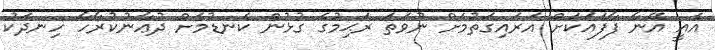
އެއީ އޭނާ ފާފައަކަށް އަރައިގަތުމަށް ނުވަތަ ރަޙިމުގެ ގުޅުން ކެނޑުމަށް ދުޢާނުކުރާހާ ހިނދަކު